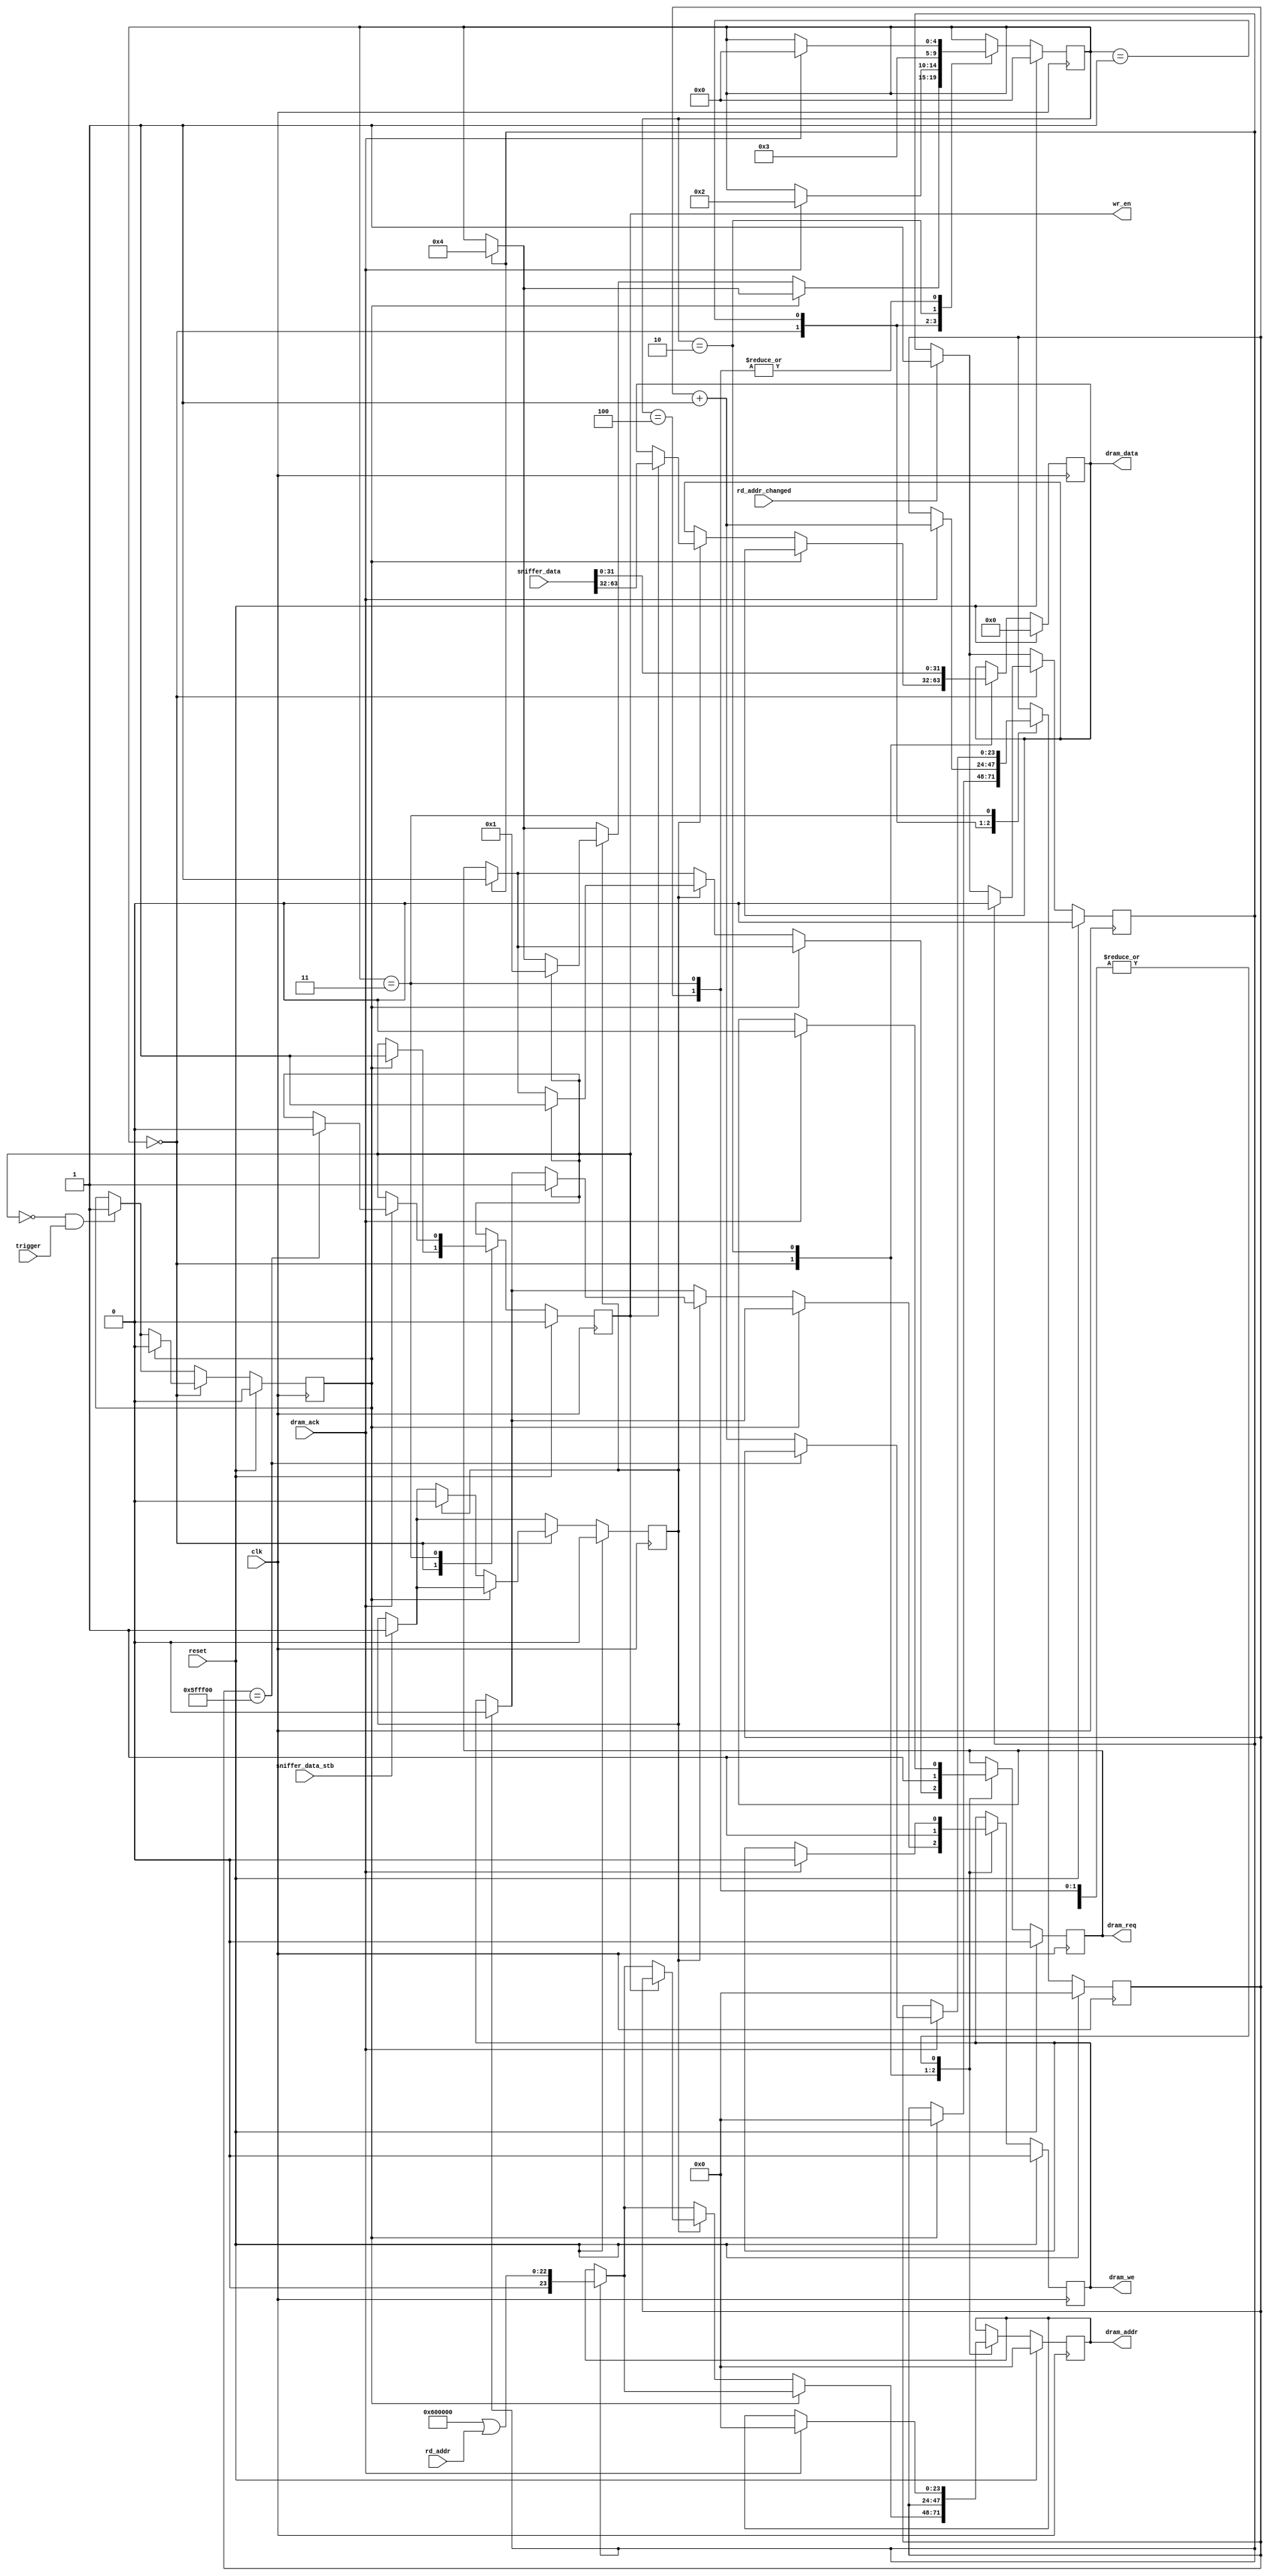
`timescale 1ns / 1ps
//////////////////////////////////////////////////////////////////////////////////
// Company: 
// Engineer: 
// 
// Design Name: 
// Module Name:    wr_fifo_read_ctrl 
// Project Name: 
// Target Devices: 
// Tool versions: 
// Description: 
//
// Dependencies: 
//
// Revision: 
// Revision 0.01 - File Created
// Additional Comments: 
//
//////////////////////////////////////////////////////////////////////////////////
module wr_fifo_read_ctrl(
	clk,
	reset,
	dram_req,
	dram_ack,
	dram_addr,
	dram_we,
	dram_data,
	sniffer_data,
	sniffer_data_stb,
	trigger,
	wr_en,
	rd_addr,
	rd_addr_changed
	);

	input clk;
	input reset;
	output dram_req;
	input dram_ack;
	output [23:0] dram_addr;
	output dram_we;
	output [31:0] dram_data;
	input [63:0] sniffer_data;
	input sniffer_data_stb;
	input trigger;
	output wr_en;
	input [21:0] rd_addr;
	input rd_addr_changed;

	reg dram_req;
	reg fifo_rd;

	reg [4:0] state;
	reg [23:0] wr_addr;
	reg [23:0] dram_addr;
	reg [31:0] dram_data;
	reg wr_en;
	reg dram_we;
	
	reg trigger_req;
	reg rd_req;
	reg sniffer_req;
	
	`define STATE_DISPATCH 		0
	`define STATE_WR_WAIT_1 	1
	`define STATE_WR_START_2 	2
	`define STATE_WR_WAIT_2 	3
	`define STATE_RD_WAIT 		4
	 
	always @(posedge clk)
		if (reset)
			begin
				dram_req <= 0;
				dram_addr <= 0;
				dram_we <= 0;
				dram_data <= 0;
				
				fifo_rd <= 0;
				wr_en <= 0;
				wr_addr <= 0;

				state <= `STATE_DISPATCH;
				
				trigger_req <= 0;
				rd_req <= 0;
				sniffer_req <= 0;
			end
		else
			begin
				fifo_rd <= 0;
				if (!wr_en && trigger)
					trigger_req <= 1;
					
				if (rd_addr_changed)
					rd_req <= 1;

				if (sniffer_data_stb)
					sniffer_req <= 1;
					
				case (state)
					`STATE_DISPATCH: begin
						if (rd_req)
							begin
								rd_req <= 0;
								dram_req <= 1;
								dram_we <= 0;
								dram_addr <= 24'h600000 | rd_addr;
								state <= `STATE_RD_WAIT;
							end
						if (trigger_req)
							begin
								wr_addr <= 0;
								wr_en <= 1;
								trigger_req <= 0;
							end
						else if (sniffer_req)
							begin
								sniffer_req <= 0;
								if (wr_en)
									begin
										dram_req <= 1;
										dram_we <= 1;
										dram_addr <= wr_addr;
										dram_data <= sniffer_data[63:32];
										state <= `STATE_WR_WAIT_1;
									end
							end
					end
					`STATE_WR_WAIT_1: begin
						if (dram_ack)
							begin
								dram_req <= 0;
								dram_we <= 0;
								dram_addr <= 0;
								state <= `STATE_WR_START_2;
								wr_addr <= wr_addr + 1;
							end
					end
					`STATE_WR_START_2: begin
						dram_req <= 1;
						dram_we <= 1;
						dram_addr <= wr_addr;
						dram_data <= sniffer_data[31:0];
						state <= `STATE_WR_WAIT_2;
					end
					`STATE_WR_WAIT_2: begin
						if (dram_ack)
							begin
								dram_req <= 0;
								dram_we <= 0;
								dram_addr <= 0;
								state <= `STATE_DISPATCH;
								if (wr_addr == 24'h5FFF00)
									wr_en <= 0;
								else
									wr_addr <= wr_addr + 1;
							end
					end
					`STATE_RD_WAIT: begin
						if (dram_ack)
							begin
								dram_req <= 0;
								dram_we <= 0;
								dram_addr <= 0;
								state <= `STATE_DISPATCH;
							end
					end
				endcase
			end
endmodule